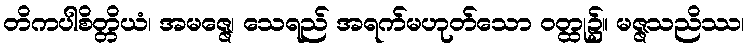
တိကပါစိတ္တိယံ၊ အမဇ္ဇေ၊ သေရည် အရက်မဟုတ်သော ဝတ္ထု၌။ မဇ္ဇသညိဿ၊